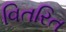
વિતરિત